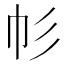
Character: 𢁘